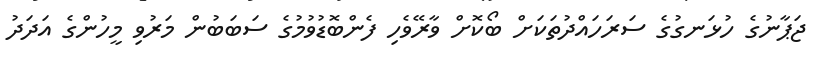
ޖަޕާނުގެ ހުޅަނގުގެ ސަރަހައްދުތަކަށް ބޯކޮށް ވާރޭވެހި ފެންބޮޑުވުމުގެ ސަބަބުން މަރުވި މީހުންގެ އަދަދު